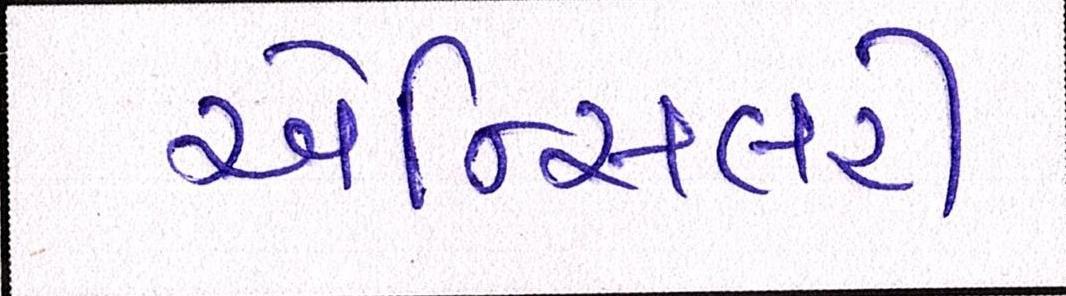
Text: એન્સિલરી